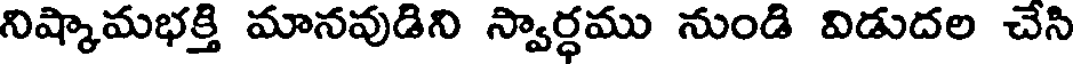
నిష్కామభక్తి మానవుడిని స్వార్ధము నుండి విడుదల చేసి